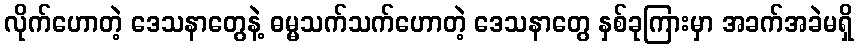
လိုက်ဟောတဲ့ ဒေသနာတွေနဲ့ ဓမ္မသက်သက်ဟောတဲ့ ဒေသနာတွေ နှစ်ခုကြားမှာ အခက်အခဲမရှိ